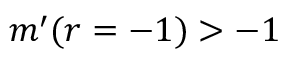
m ^ { \prime } ( r = - 1 ) > - 1